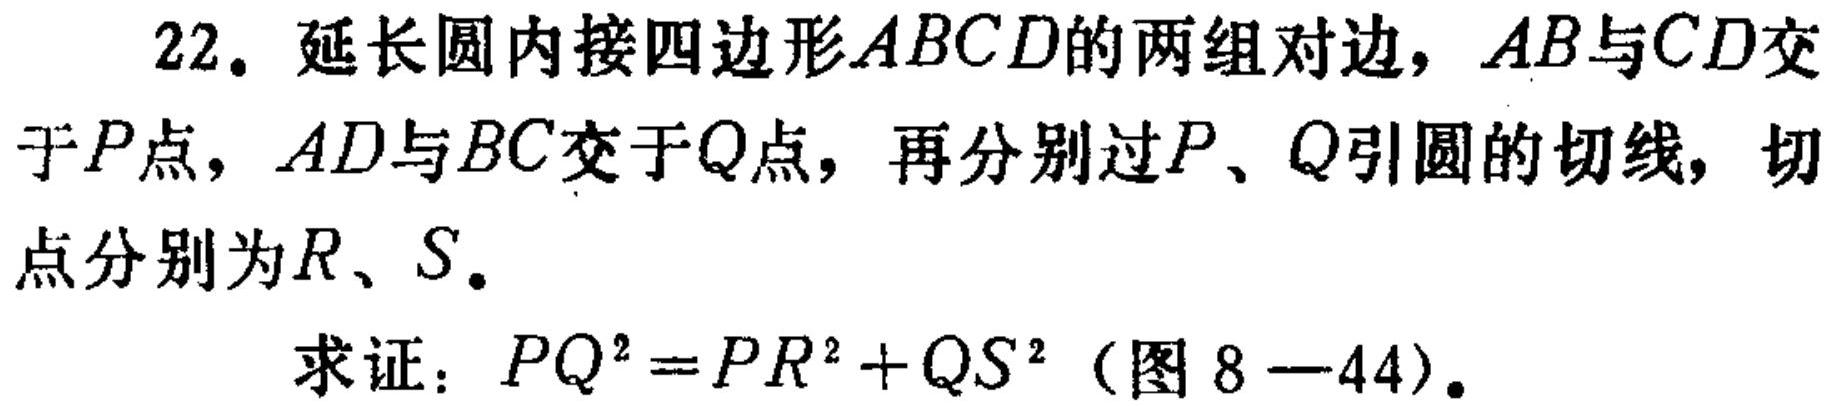
22. 延长圆内接四边形\(ABCD\)的两组对边，\(AB\)与\(CD\)交于\(P\)点，\(AD\)与\(BC\)交于\(Q\)点，再分别过\(P、Q\)引圆的切线，切点分别为\(R、S\)。
   求证：\(PQ^{2}=PR^{2}+QS^{2}\)（图\(8 - 44\)）。